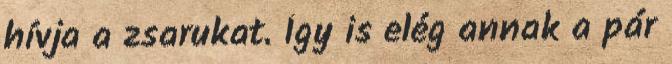
hívja a zsarukat. Így is elég annak a pár